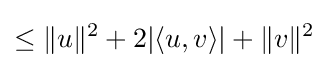
\leq \|u\|^{2}+2|\langle u,v\rangle |+\|v\|^{2}